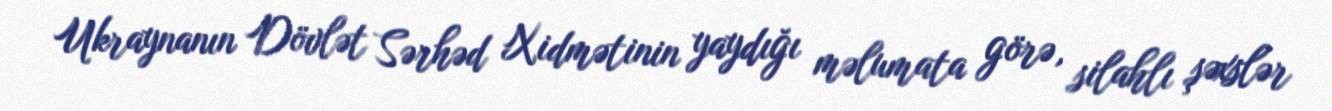
Ukraynanın Dövlət Sərhəd Xidmətinin yaydığı məlumata görə, silahlı şəxslər